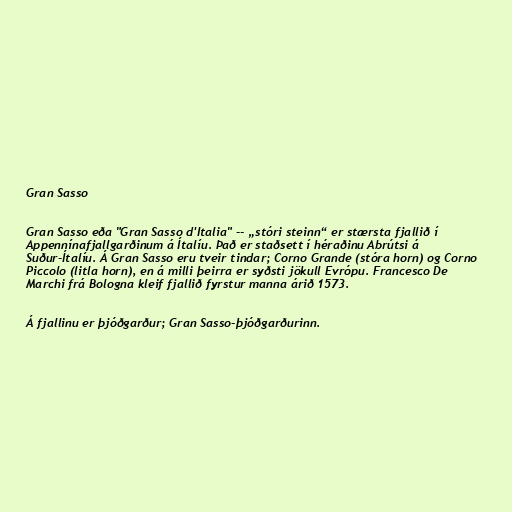
Gran Sasso

Gran Sasso eða "Gran Sasso d'Italia" -- „stóri steinn“ er stærsta fjallið í
Appennínafjallgarðinum á Ítalíu. Það er staðsett í héraðinu Abrútsi á
Suður-Ítalíu. Á Gran Sasso eru tveir tindar; Corno Grande (stóra horn) og Corno
Piccolo (litla horn), en á milli þeirra er syðsti jökull Evrópu. Francesco De
Marchi frá Bologna kleif fjallið fyrstur manna árið 1573.

Á fjallinu er þjóðgarður; Gran Sasso-þjóðgarðurinn.